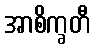
အာစိက္ခတီ